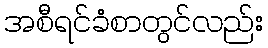
အစီရင်ခံစာတွင်လည်း